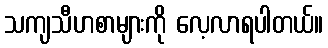
သကျသီဟစာများကို လေ့လာရပါတယ်။